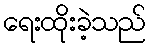
ရေးထိုးခဲ့သည်